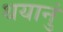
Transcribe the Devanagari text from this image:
थयानुं